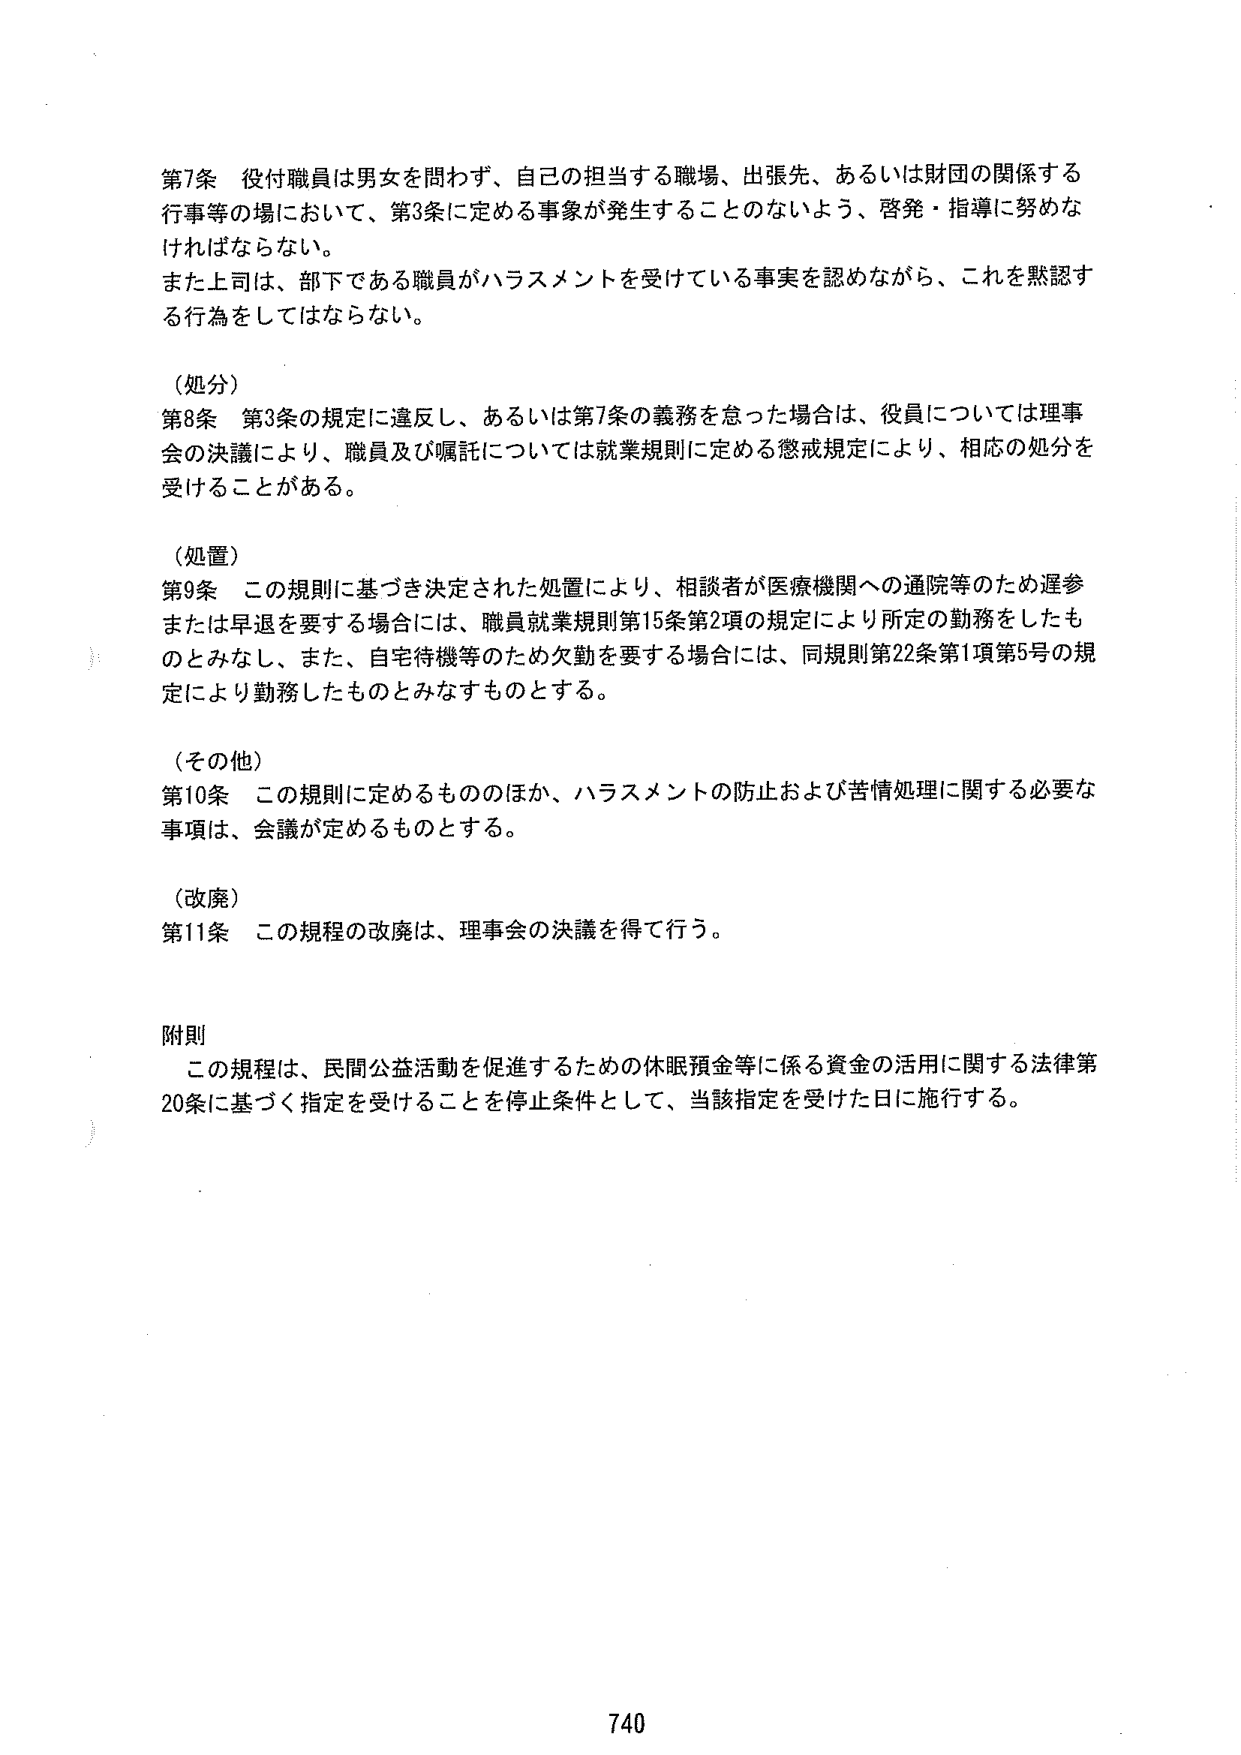
第7条 役付職員は男女を問わず、自己の担当する職場、出張先、あるいは財団の関係する行事等の場において、第3条に定める事象が発生することのないよう、啓発・指導に努めなければならない。
また上司は、部下である職員がハラスメントを受けている事実を認めながら、これを黙認する行為をしてはならない。

（処分）
第8条 第3条の規定に違反し、あるいは第7条の義務を怠った場合は、役員については理事会の決議により、職員及び嘱託については就業規則に定める懲戒規定により、相応の処分を受けることがある。

（処置）
第9条 この規則に基づき決定された処置により、相談者が医療機関への通院等のため遅参または早退を要する場合には、職員就業規則第15条第2項の規定により所定の勤務をしたものとみなし、また、自宅待機等のため欠勤を要する場合には、同規則第22条第1項第5号の規定により勤務したものとみなすものとする。

（その他）
第10条 この規則に定めるもののほか、ハラスメントの防止および苦情処理に関する必要な事項は、会議が定めるものとする。

（改廃）
第11条 この規程の改廃は、理事会の決議を得て行う。

附則
この規程は、民間公益活動を促進するための休眠預金等に係る資金の活用に関する法律第20条に基づく指定を受けることを停止条件として、当該指定を受けた日に施行する。

740